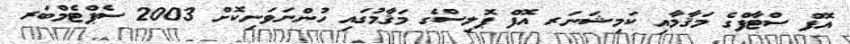
އޮފް ސްޓާފްގެ މަޤާމާއި ކަމިޝަނަރ އޮފް ޕޮލިސްގެ މަޤާމުގައި ހުންނަވަނިކޮށް 2003 ސެޕްޓެމްބަރ